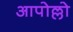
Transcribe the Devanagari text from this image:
आपोल्लो